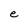
Character: e